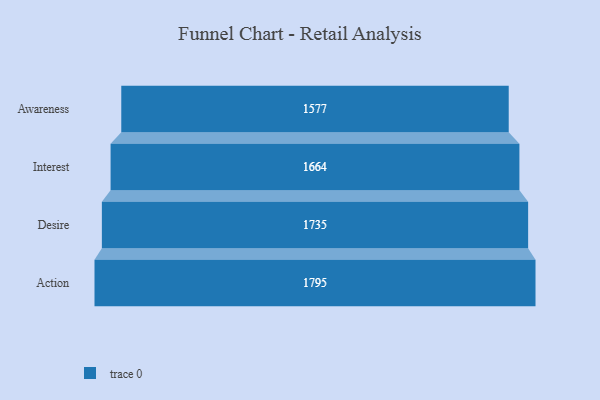
{"axis": {"x": "Stage", "y": "Value"}, "legend": [""], "data": [{"x": "Awareness", "y": 1577.0, "type": ""}, {"x": "Interest", "y": 1664.0, "type": ""}, {"x": "Desire", "y": 1735.0, "type": ""}, {"x": "Action", "y": 1795.0, "type": ""}]}